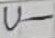
Text: U-